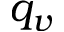
q _ { v }